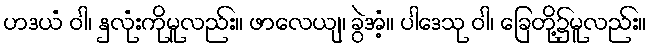
ဟဒယံ ဝါ၊ နှလုံးကိုမူလည်း။ ဖာလေယျ၊ ခွဲအံ့။ ပါဒေသု ဝါ၊ ခြေတို့၌မူလည်း။